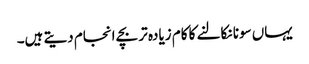
یہاں سونا نکالنے کا کام زیادہ تر بچے انجام دیتے ہیں۔